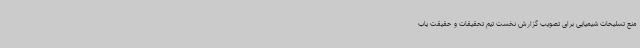
منع تسلیحات شیمیایی برای تصویب گزارش نخست تیم تحقیقات و حقیقت یاب